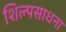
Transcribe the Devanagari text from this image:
शिल्पसाधना